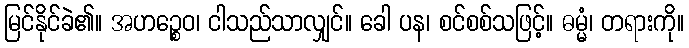
မြင်နိုင်ခဲ၏။ အဟဉ္စေဝ၊ ငါသည်သာလျှင်။ ခေါ ပန၊ စင်စစ်သဖြင့်။ ဓမ္မံ၊ တရားကို။